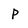
Character: p